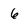
Character: 6